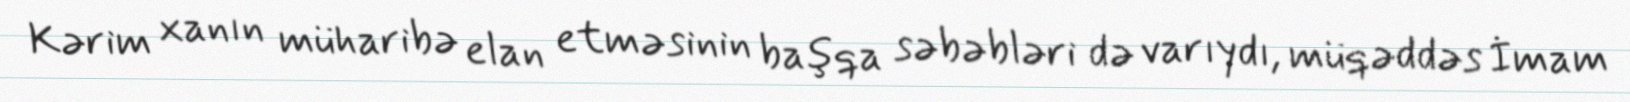
Kərim xanın müharibə elan etməsinin başqa səbəbləri də varıydı, müqəddəs İmam